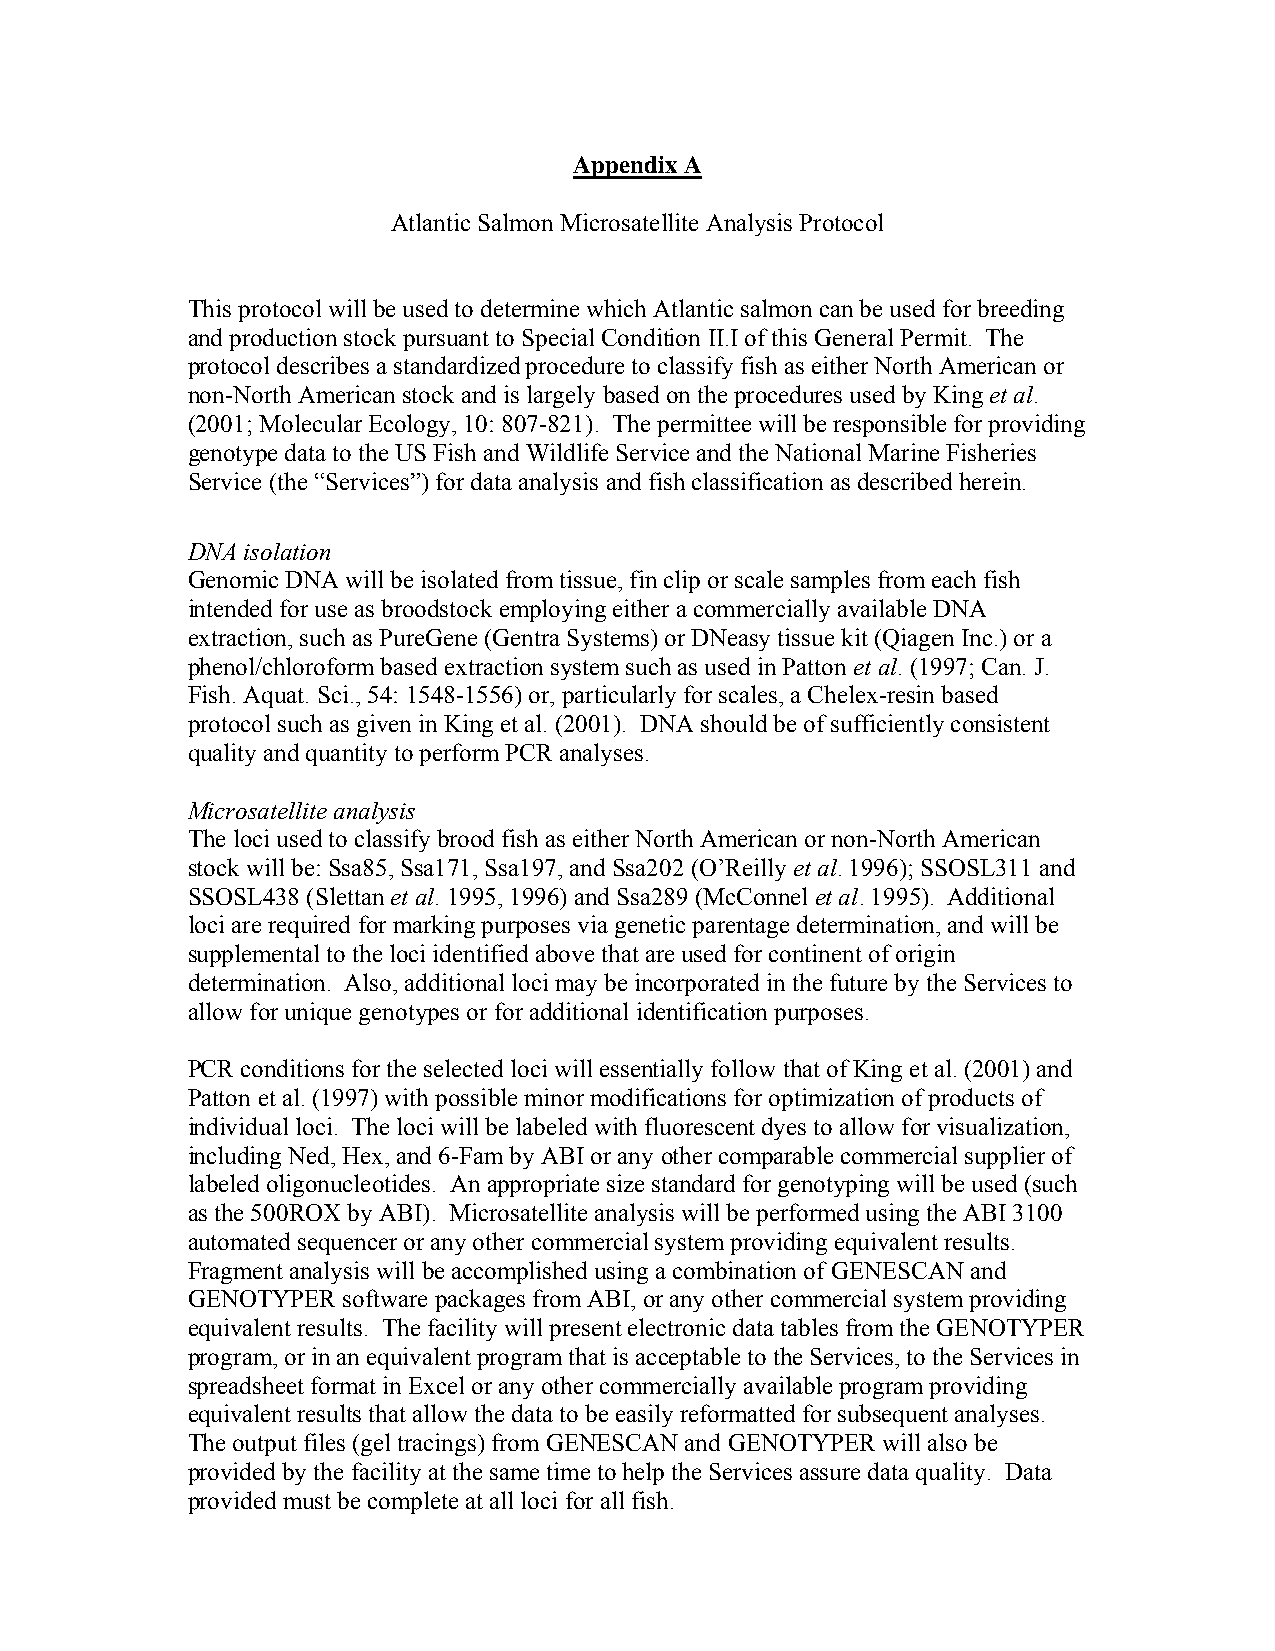
Appendix A
 Atlantic Salmon Microsatellite Analysis Protocol
 This protocol will be used to determine which Atlantic salmon can be used for breeding
 and production stock pursuant to Special Condition II.I of this General Permit. The
 protocol describes a standardized procedure to classify fish as either North American or
 non-North American stock and is largely based on the procedures used by King et al.
 (2001; Molecular Ecology, 10: 807-821). The permittee will be responsible for providing
 genotype data to the US Fish and Wildlife Service and the National Marine Fisheries
 Service (the “Services”) for data analysis and fish classification as described herein.
 DNA isolation
 Genomic DNA will be isolated from tissue, fin clip or scale samples from each fish
 intended for use as broodstock employing either a commercially available DNA
 extraction, such as PureGene (Gentra Systems) or DNeasy tissue kit (Qiagen Inc.) or a
 phenol/chloroform based extraction system such as used in Patton et al. (1997; Can. J.
 Fish. Aquat. Sci., 54: 1548-1556) or, particularly for scales, a Chelex-resin based
 protocol such as given in King et al. (2001). DNA should be of sufficiently consistent
 quality and quantity to perform PCR analyses.
 Microsatellite analysis
 The loci used to classify brood fish as either North American or non-North American
 stock will be: Ssa85, Ssa171, Ssa197, and Ssa202 (O’Reilly et al. 1996); SSOSL311 and
 SSOSL438 (Slettan et al. 1995, 1996) and Ssa289 (McConnel et al. 1995). Additional
 loci are required for marking purposes via genetic parentage determination, and will be
 supplemental to the loci identified above that are used for continent of origin
 determination. Also, additional loci may be incorporated in the future by the Services to
 allow for unique genotypes or for additional identification purposes.
 PCR conditions for the selected loci will essentially follow that of King et al. (2001) and
 Patton et al. (1997) with possible minor modifications for optimization of products of
 individual loci. The loci will be labeled with fluorescent dyes to allow for visualization,
 including Ned, Hex, and 6-Fam by ABI or any other comparable commercial supplier of
 labeled oligonucleotides. An appropriate size standard for genotyping will be used (such
 as the 500ROX by ABI). Microsatellite analysis will be performed using the ABI 3100
 automated sequencer or any other commercial system providing equivalent results.
 Fragment analysis will be accomplished using a combination of GENESCAN and
 GENOTYPER  software packages from ABI, or any other commercial system providing
 equivalent results. The facility will present electronic data tables from the GENOTYPER
 program, or in an equivalent program that is acceptable to the Services, to the Services in
 spreadsheet format in Excel or any other commercially available program providing
 equivalent results that allow the data to be easily reformatted for subsequent analyses.
 The output files (gel tracings) from GENESCAN and GENOTYPER will also be
 provided by the facility at the same time to help the Services assure data quality. Data
 provided must be complete at all loci for all fish.